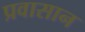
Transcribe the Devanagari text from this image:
प्रवासान